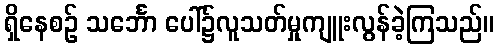
ရှိနေစဉ် သင်္ဘော ပေါ်၌လူသတ်မှုကျူးလွန်ခဲ့ကြသည်။